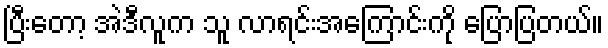
ပြီးတော့ အဲဒီလူက သူ လာရင်းအကြောင်းကို ပြောပြတယ်။